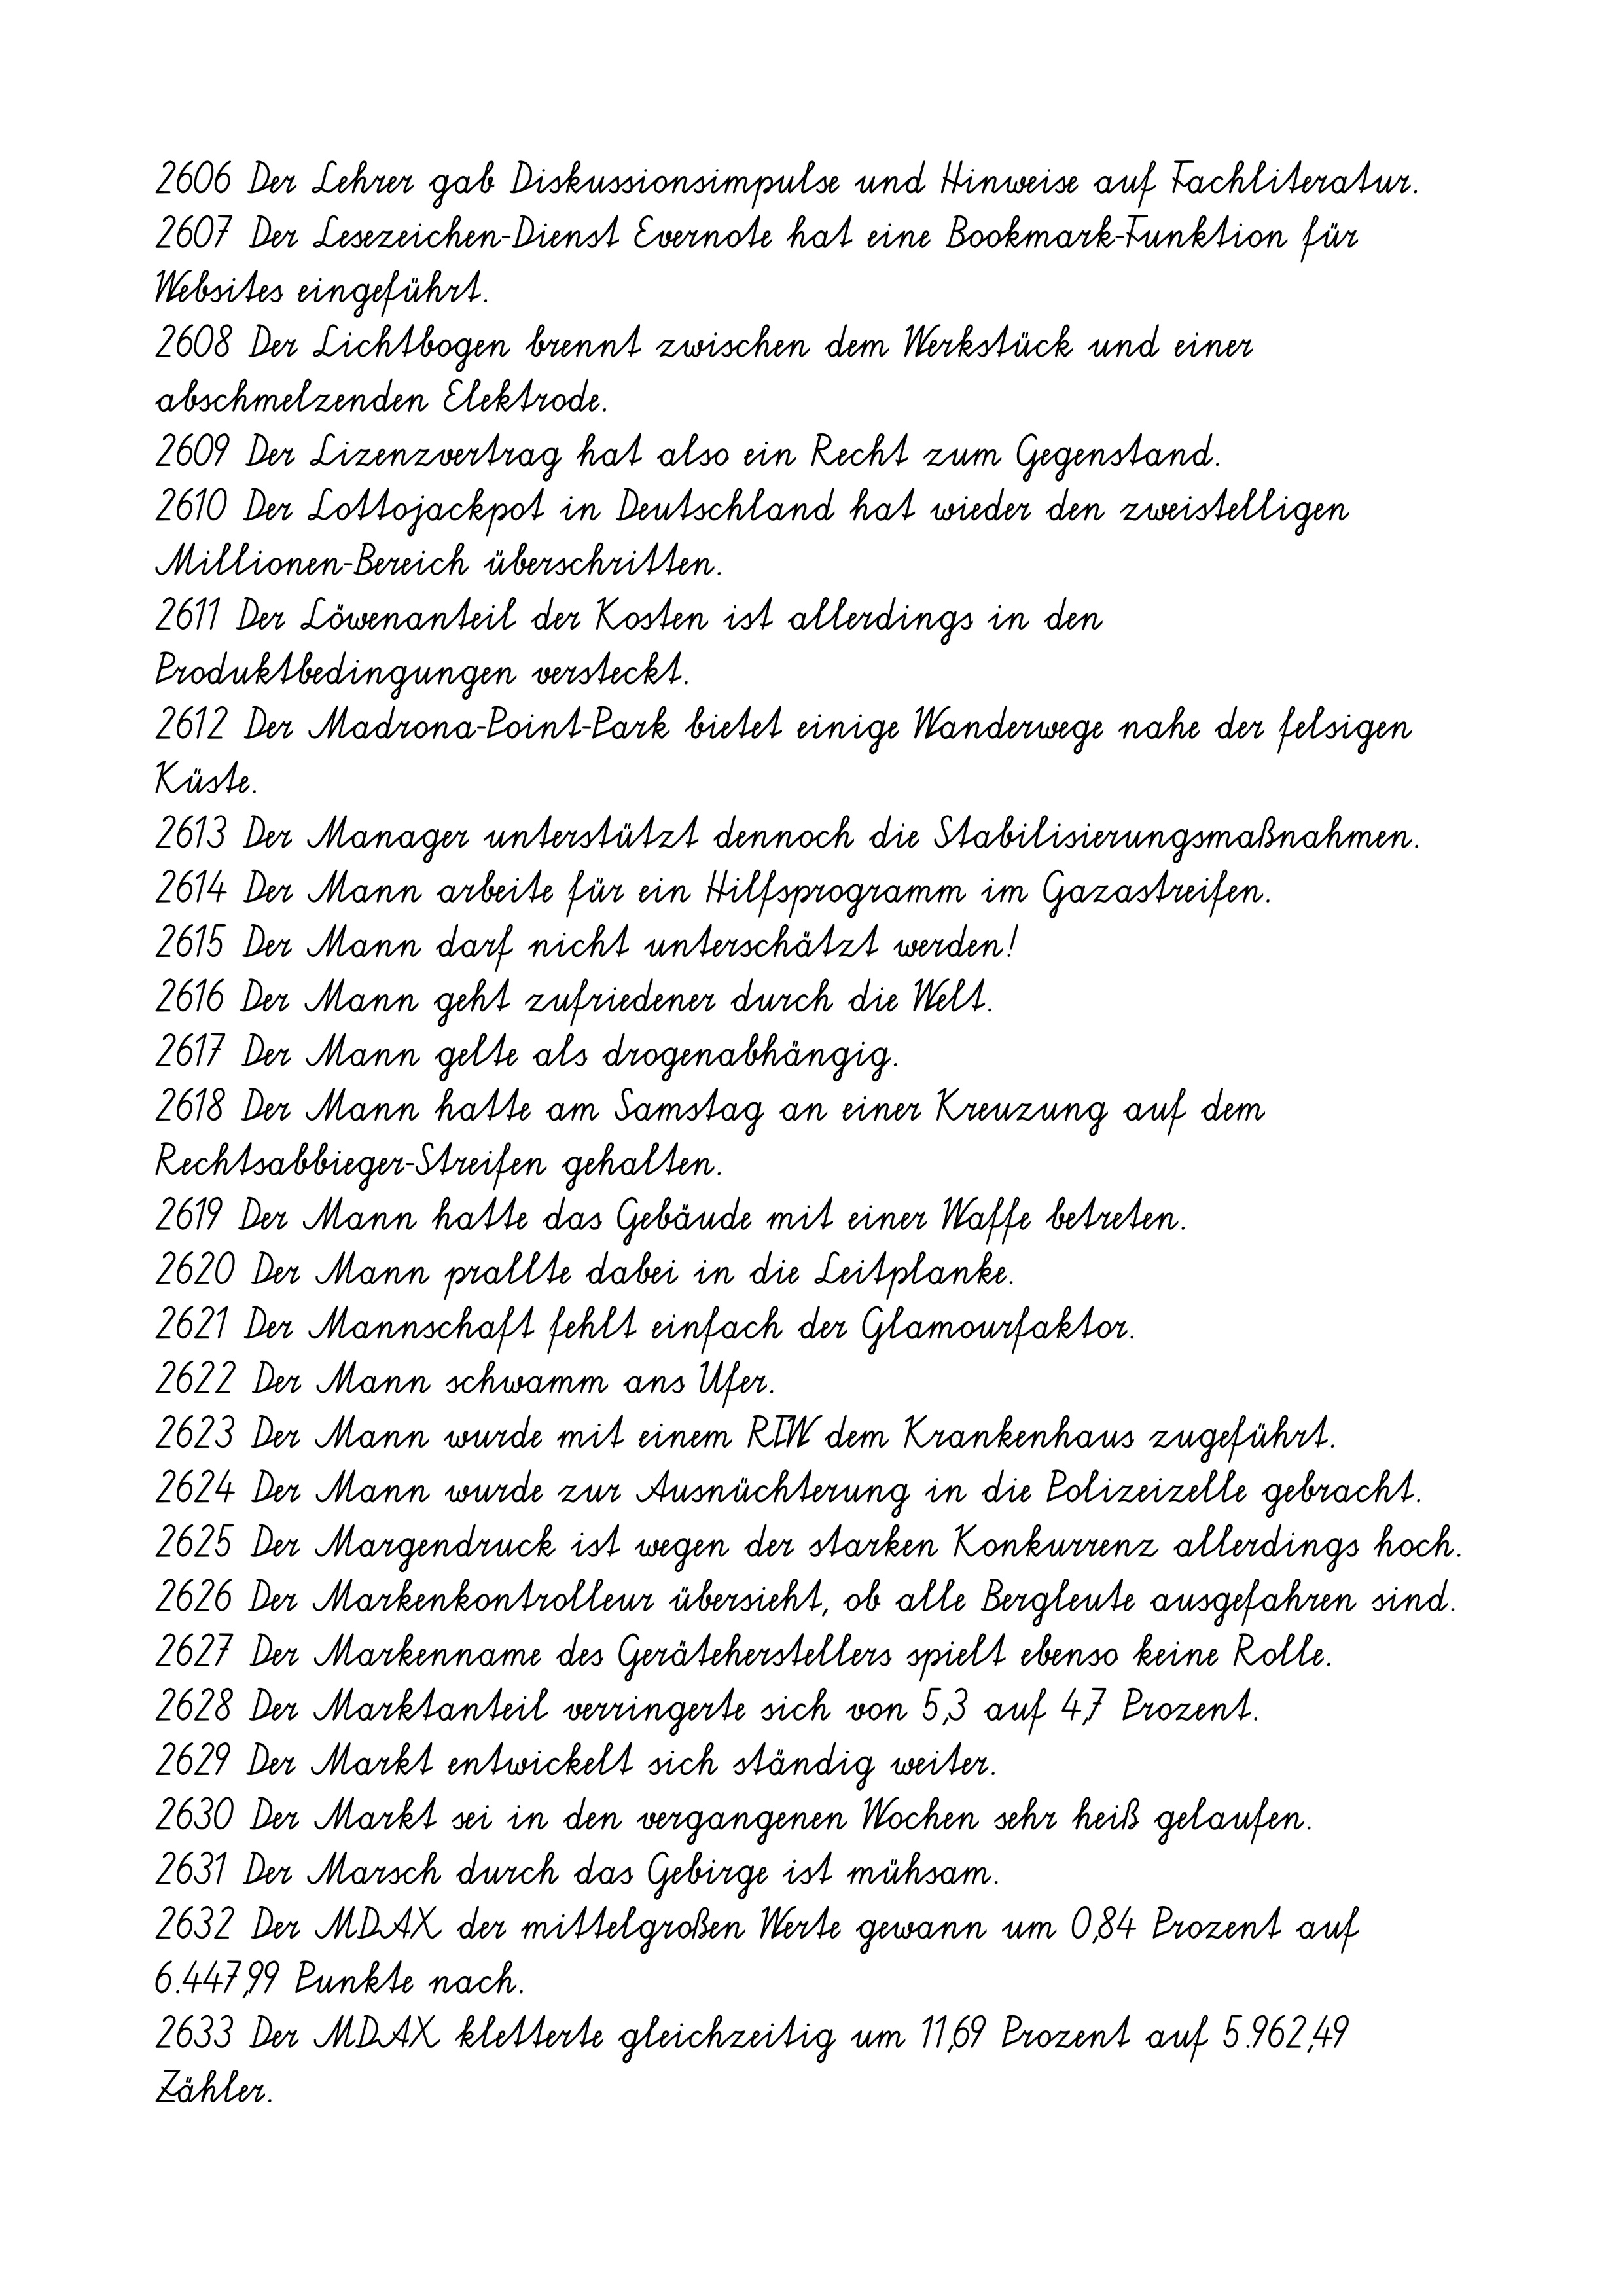
2606 Der Lehrer gab Diskussionsimpulse und Hinweise auf Fachliteratur.
2607 Der Lesezeichen-Dienst Evernote hat eine Bookmark-Funktion für
Websites eingeführt.
2608 Der Lichtbogen brennt zwischen dem Werkstück und einer
abschmelzenden Elektrode.
2609 Der Lizenzvertrag hat also ein Recht zum Gegenstand.
2610 Der Lottojackpot in Deutschland hat wieder den zweistelligen
Millionen-Bereich überschritten.
2611 Der Löwenanteil der Kosten ist allerdings in den
Produktbedingungen versteckt.
2612 Der Madrona-Point-Park bietet einige Wanderwege nahe der felsigen
Küste.
2613 Der Manager unterstützt dennoch die Stabilisierungsmaßnahmen.
2614 Der Mann arbeite für ein Hilfsprogramm im Gazastreifen.
2615 Der Mann darf nicht unterschätzt werden!
2616 Der Mann geht zufriedener durch die Welt.
2617 Der Mann gelte als drogenabhängig.
2618 Der Mann hatte am Samstag an einer Kreuzung auf dem
Rechtsabbieger-Streifen gehalten.
2619 Der Mann hatte das Gebäude mit einer Waffe betreten.
2620 Der Mann prallte dabei in die Leitplanke.
2621 Der Mannschaft fehlt einfach der Glamourfaktor.
2622 Der Mann schwamm ans Ufer.
2623 Der Mann wurde mit einem RTW dem Krankenhaus zugeführt.
2624 Der Mann wurde zur Ausnüchterung in die Polizeizelle gebracht.
2625 Der Margendruck ist wegen der starken Konkurrenz allerdings hoch.
2626 Der Markenkontrolleur übersieht, ob alle Bergleute ausgefahren sind.
2627 Der Markenname des Geräteherstellers spielt ebenso keine Rolle.
2628 Der Marktanteil verringerte sich von 5,3 auf 4,7 Prozent.
2629 Der Markt entwickelt sich ständig weiter.
2630 Der Markt sei in den vergangenen Wochen sehr heiß gelaufen.
2631 Der Marsch durch das Gebirge ist mühsam.
2632 Der MDAX der mittelgroßen Werte gewann um 0,84 Prozent auf
6.447,99 Punkte nach.
2633 Der MDAX kletterte gleichzeitig um 11,69 Prozent auf 5.962,49
Zähler.